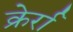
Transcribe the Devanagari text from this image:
क्रेर्रा